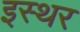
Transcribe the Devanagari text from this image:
इस्थर